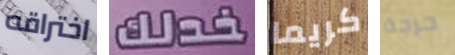
اختراقه خدلك كريما حرجة